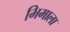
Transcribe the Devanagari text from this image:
भिमाला